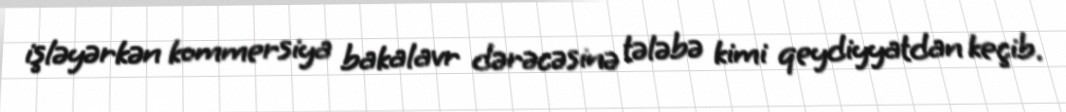
işləyərkən kommersiya bakalavr dərəcəsinə tələbə kimi qeydiyyatdan keçib.